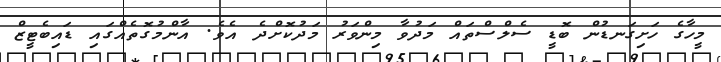
މީހާގެ ހަށިގަނޑުން ބޮޑީ ސެލްސްތައް މަދުވާ މިންވަރު މަދުކޮށްދެ އެވެ. އާންމުގޮތެއްގައި ޑައިބެޓީޒް